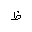
Letter: _za